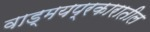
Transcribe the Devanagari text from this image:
वाड्मयप्रकारातील